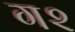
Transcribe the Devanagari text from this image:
ग२